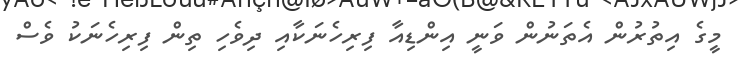
މީގެ އިތުރުން އެތަނުން ވަނީ އިންޑިއާ ފިރިހެނަކާއި ދިވެހި ތިން ފިރިހެނަކު ވެސް